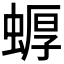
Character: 𱿳